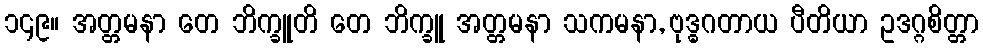
၁၄၉။ အတ္တမနာ တေ ဘိက္ခူတိ တေ ဘိက္ခူ အတ္တမနာ သကမနာ, ဗုဒ္ဓဂတာယ ပီတိယာ ဥဒဂ္ဂစိတ္တာ